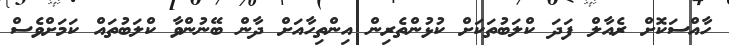
ހާއްސަކޮށް ރެއާލް ފަދަ ކްލަބުތަކަށް ކުޅުންތެރިން އިންތިހާއަށް ދާން ބޭނުންވާ ކްލަބުތައް ކަމަށްވެސް